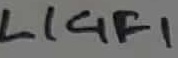
Text: LIGF1